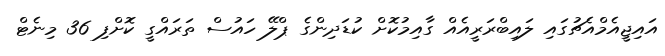
އައިޖީއެމްއެޗުގައި ލައިބްރަރީއެއް ގާއިމުކޮށް ކުޑަދިންގެ ޕްލޭ ހައުސް ތަރައްގީ ކޮށްފި 36 މިނެޓް